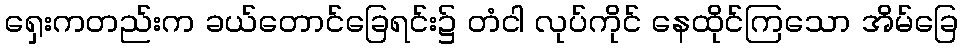
ရှေးကတည်းက ခယ်တောင်ခြေရင်း၌ တံငါ လုပ်ကိုင် နေထိုင်ကြသော အိမ်ခြေ